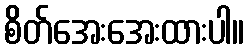
စိတ်အေးအေးထားပါ။